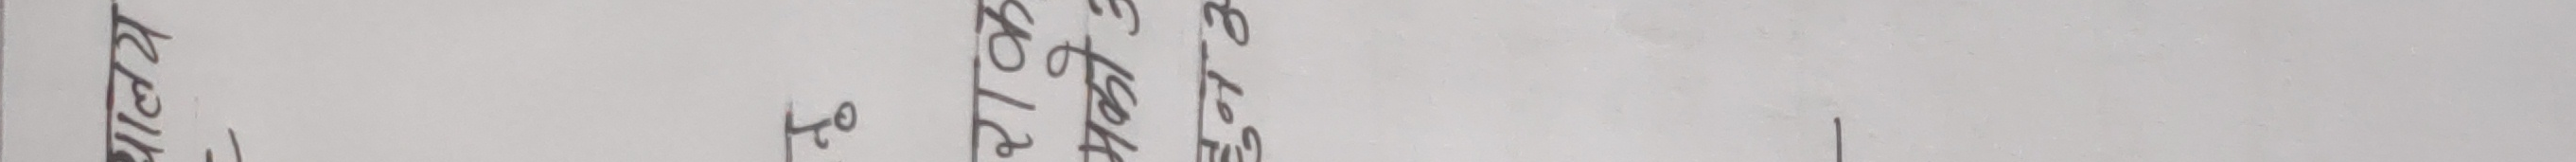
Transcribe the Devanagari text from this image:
खेल्छौँ तो ।